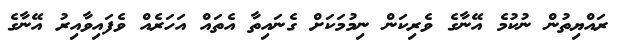
ރައްޔިތުން ނުކުމެ އޭނާގެ ވެރިކަން ނިމުމަކަށް ގެނައިތާ އެތައް އަހަރެއް ވެފައިވާއިރު އޭނާގެ